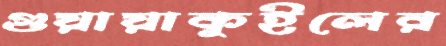
গুয়ায়াকুইলের